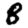
Digit: 8